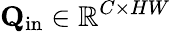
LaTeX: \mathbf{Q}_{\mathrm{in}}\in\mathbb{R}^{C\times HW}